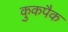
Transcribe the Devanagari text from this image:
कुकपैक